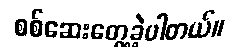
စစ်ဆေးတွေ့ခဲ့ပါတယ်။